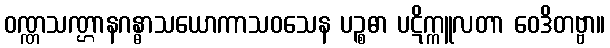
ဝဏ္ဏသဏ္ဌာနဂန္ဓာသယောကာသဝသေန ပဉ္စဓာ ပဋိက္ကူလတာ ဝေဒိတဗ္ဗာ။